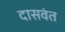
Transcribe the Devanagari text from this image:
दासवंत